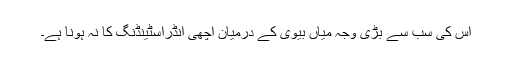
اس کی سب سے بڑی وجہ میاں بیوی کے درمیان اچھی انڈراسٹینڈنگ کا نہ ہونا ہے۔